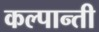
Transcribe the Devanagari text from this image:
कल्पान्ती